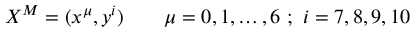
X ^ { M } = ( x ^ { \mu } , y ^ { i } ) \qquad \mu = 0 , 1 , \ldots , 6 \ ; \ i = 7 , 8 , 9 , 1 0